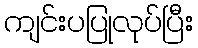
ကျင်းပပြုလုပ်ပြီး